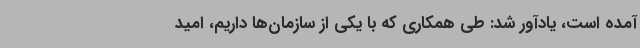
آمده است، یادآور شد: طی همکاری که با یکی از سازمان‌ها داریم، امید